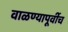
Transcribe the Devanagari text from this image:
वाळण्यापूर्वीच